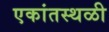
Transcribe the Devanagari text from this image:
एकांतस्थळी